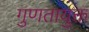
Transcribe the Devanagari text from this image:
गुणतायुक्त